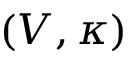
( V , \kappa )